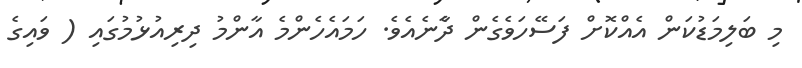
މި ބަލިމަޑުކަން އެއްކޮށް ފަސޭހަވެގެން ދާެނެެއެވެ. ހަމައެހެންމެ އާންމު ދިރިއުޅުމުގައި ( ވައިގެ